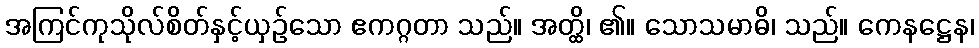
အကြင်ကုသိုလ်စိတ်နှင့်ယှဉ်သော ဧကဂ္ဂတာ သည်။ အတ္ထိ၊ ၏။ သောသမာဓိ၊ သည်။ ကေနဋ္ဌေန၊